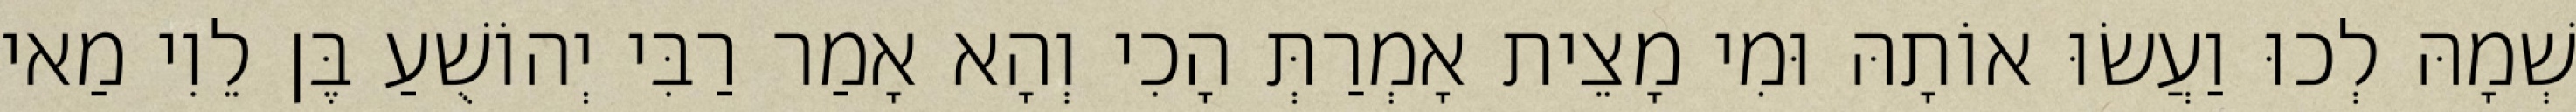
שְׁמָהּ לְכוּ וַעֲשׂוּ אוֹתָהּ וּמִי מָצֵית אָמְרַתְּ הָכִי וְהָא אָמַר רַבִּי יְהוֹשֻׁעַ בֶּן לֵוִי מַאי